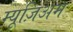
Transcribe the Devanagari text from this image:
म्यूज़िअम